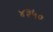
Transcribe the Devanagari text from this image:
४३५०